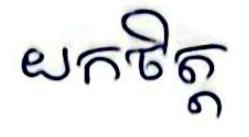
យកចិត្ត